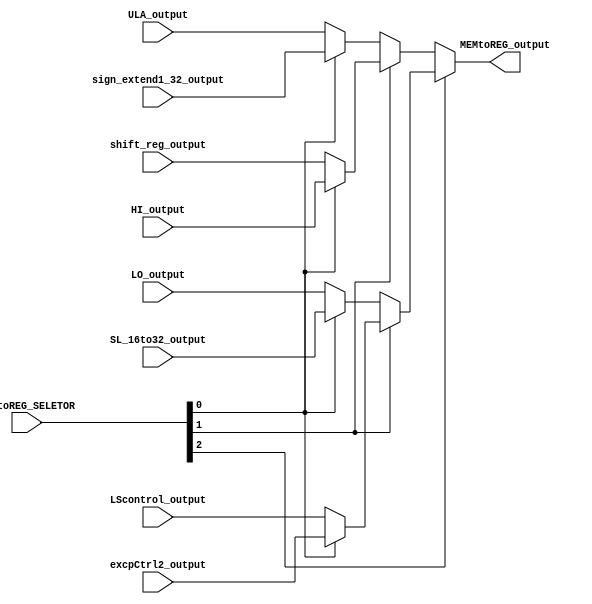
module mem_to_reg(
    input wire [3:0] MEMtoREG_SELETOR,

    input wire [31:0] ULA_output,         // Output da ULA - 0000
    input wire [31:0] sign_extend1_32_output, //             - 0001
    input wire [31:0] shift_reg_output,   // Registrador Shift - 0010
    input wire [31:0] HI_output, //                              - 0011
    input wire [31:0] LO_output,     //                          - 0100
    input wire [31:0] SL_16to32_output,              //          - 0101
    input wire [31:0] LScontrol_output,                 //       - 0110
    input wire [31:0] excpCtrl2_output,                 //       - 0111

    output reg [31:0] MEMtoREG_output
);

    assign MEMtoREG_output = MEMtoREG_SELETOR[2] ? (MEMtoREG_SELETOR[1] ? (MEMtoREG_SELETOR[0] ? excpCtrl2_output : LScontrol_output) : (MEMtoREG_SELETOR[0] ? SL_16to32_output : LO_output)) : (MEMtoREG_SELETOR[1] ? (MEMtoREG_SELETOR[0] ? HI_output : shift_reg_output) : (MEMtoREG_SELETOR[0] ? sign_extend1_32_output : ULA_output));

    //assign MEMtoREG_output = MEMtoREG_SELETOR == 4'b0000 ? ULA_output : MEMtoREG_SELETOR == 4'b0100 ? sign_extend1_32_output : shift_reg_output;

    // [3] = ent8, senão (se [2] = ent7 a ent4 (se [1] = ent7 ou ent6 (se [0] = ent7, senão = ent6), senão = ent5 ou ent4 (se [0] = ent5, senão ent4)), senão = ent3 a ent0 (se [1] = ent3 ou ent2 (se [0] = ent3, senão = ent2), senão = ent1 ou ent0 (se [0] = ent1, senão = ent0)))
endmodule